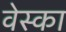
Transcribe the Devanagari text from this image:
वेस्का